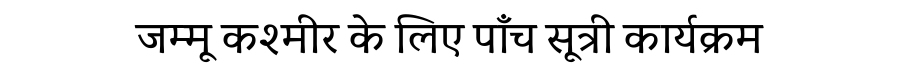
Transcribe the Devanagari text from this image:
जम्मू कश्मीर के लिए पाँच सूत्री कार्यक्रम